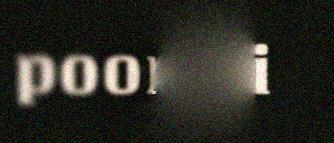
poorgâi